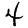
Digit: 4